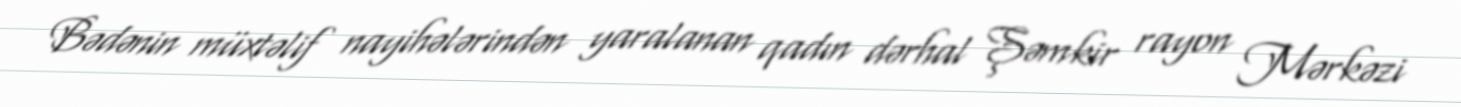
Bədənin müxtəlif nayihələrindən yaralanan qadın dərhal Şəmkir rayon Mərkəzi